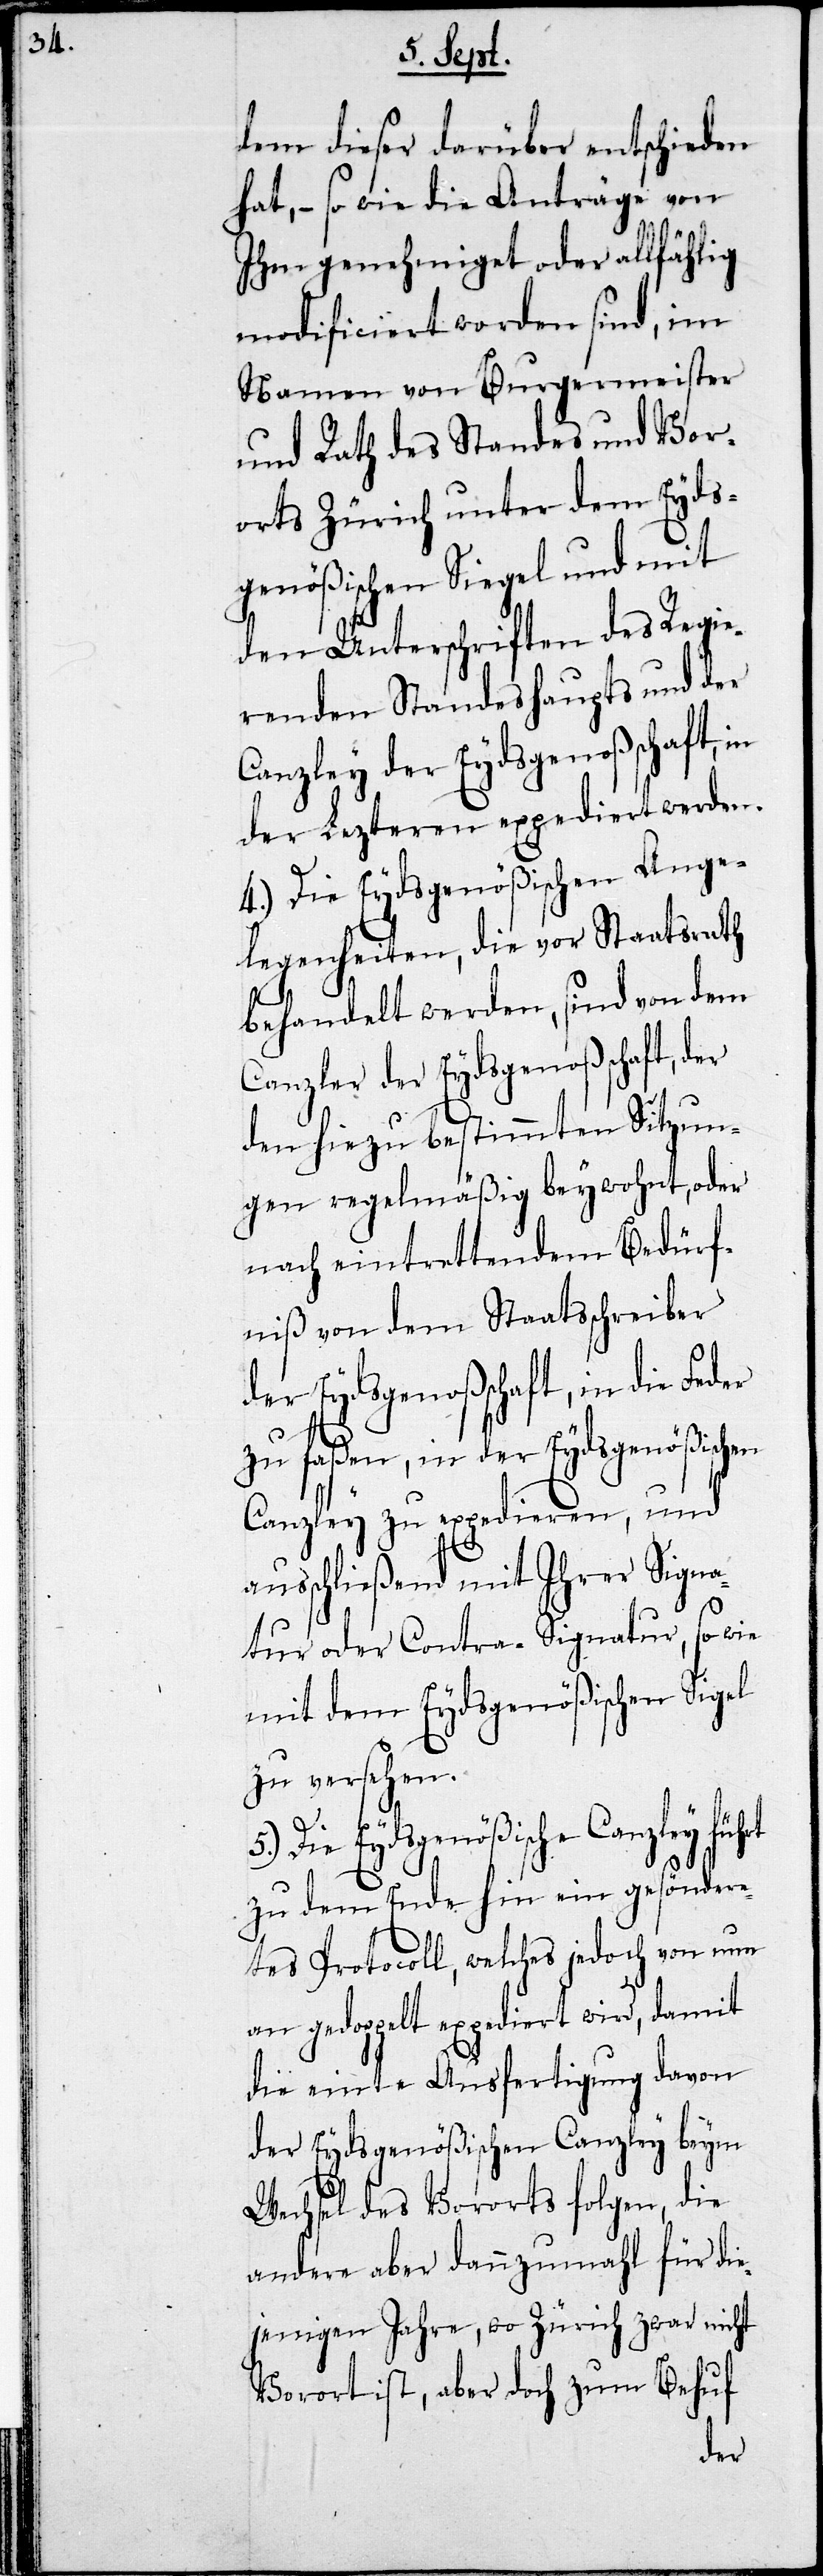
dem dieser darüber entscheiden
hat, – so wie die Anträge von
Ihm genehmiget oder allfählig
modificiert worden sind, im
Namen von Burgermeister
und Rath des Standes und Vor¬
orts Zürich unter dem Eyds¬
genößischen Siegel und mit
den Unterschriften des Regie¬
renden Standeshaupts und der
Canzley der Eydsgenoßenschaft,
der Lezteren expediert werden.
4.) Die Eydsgenößischen Ange¬
legenheiten die vor Staatsrath
behandelt werden, sind von dem
Canzler der Eydsgenoßenschaft, der
den hiezu bestimmten Sitzun¬
gen regelmäßig beywohnt, oder
nach eintrettendem Bedürf¬
niß von dem Staatsschreiber
der Eydsgenoßenschaft, in die Feder
zu faßen, in der Eydsgenößischen
Canzley zu expedieren, und
ausschließend mit Ihrer Signa¬
tur oder Contra-Signatur, so wie
mit dem Eydsgenößischen Sigel
zu versehen.
Die Eydsgenößische Canzley
zu dem Ende hin ein gesönder¬
tes Protocoll, welches jedoch von nun
an gedoppelt expediert wird, damit
die vierte Ausfertigung davon
der Eydsgenößischen Canzley beym
Wechsel des Vororts folgen, die
andern aber dannzumahl für die¬
jenigen Jahre, wo Zürich zwar nicht
Vorschrift, aber doch zum Behuf